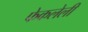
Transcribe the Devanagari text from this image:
फेकलेली